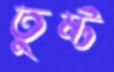
তুষ্ট